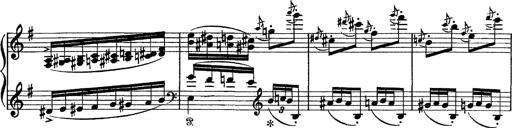
Title: Tarantelle di bravura dâ€™aprÃ¨s la tarantelle de La muette de Portici
Composer: Franz Liszt